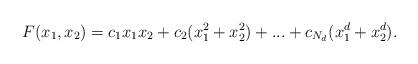
LaTeX: \begin{align*}F(x_{1},x_{2}) = c_{1}x_{1}x_{2}+c_{2}(x_{1}^{2}+x_{2}^{2})+...+c_{N_{d}}(x_{1}^{d}+x_{2}^{d}).\end{align*}